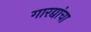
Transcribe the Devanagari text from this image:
गारद्यांचा